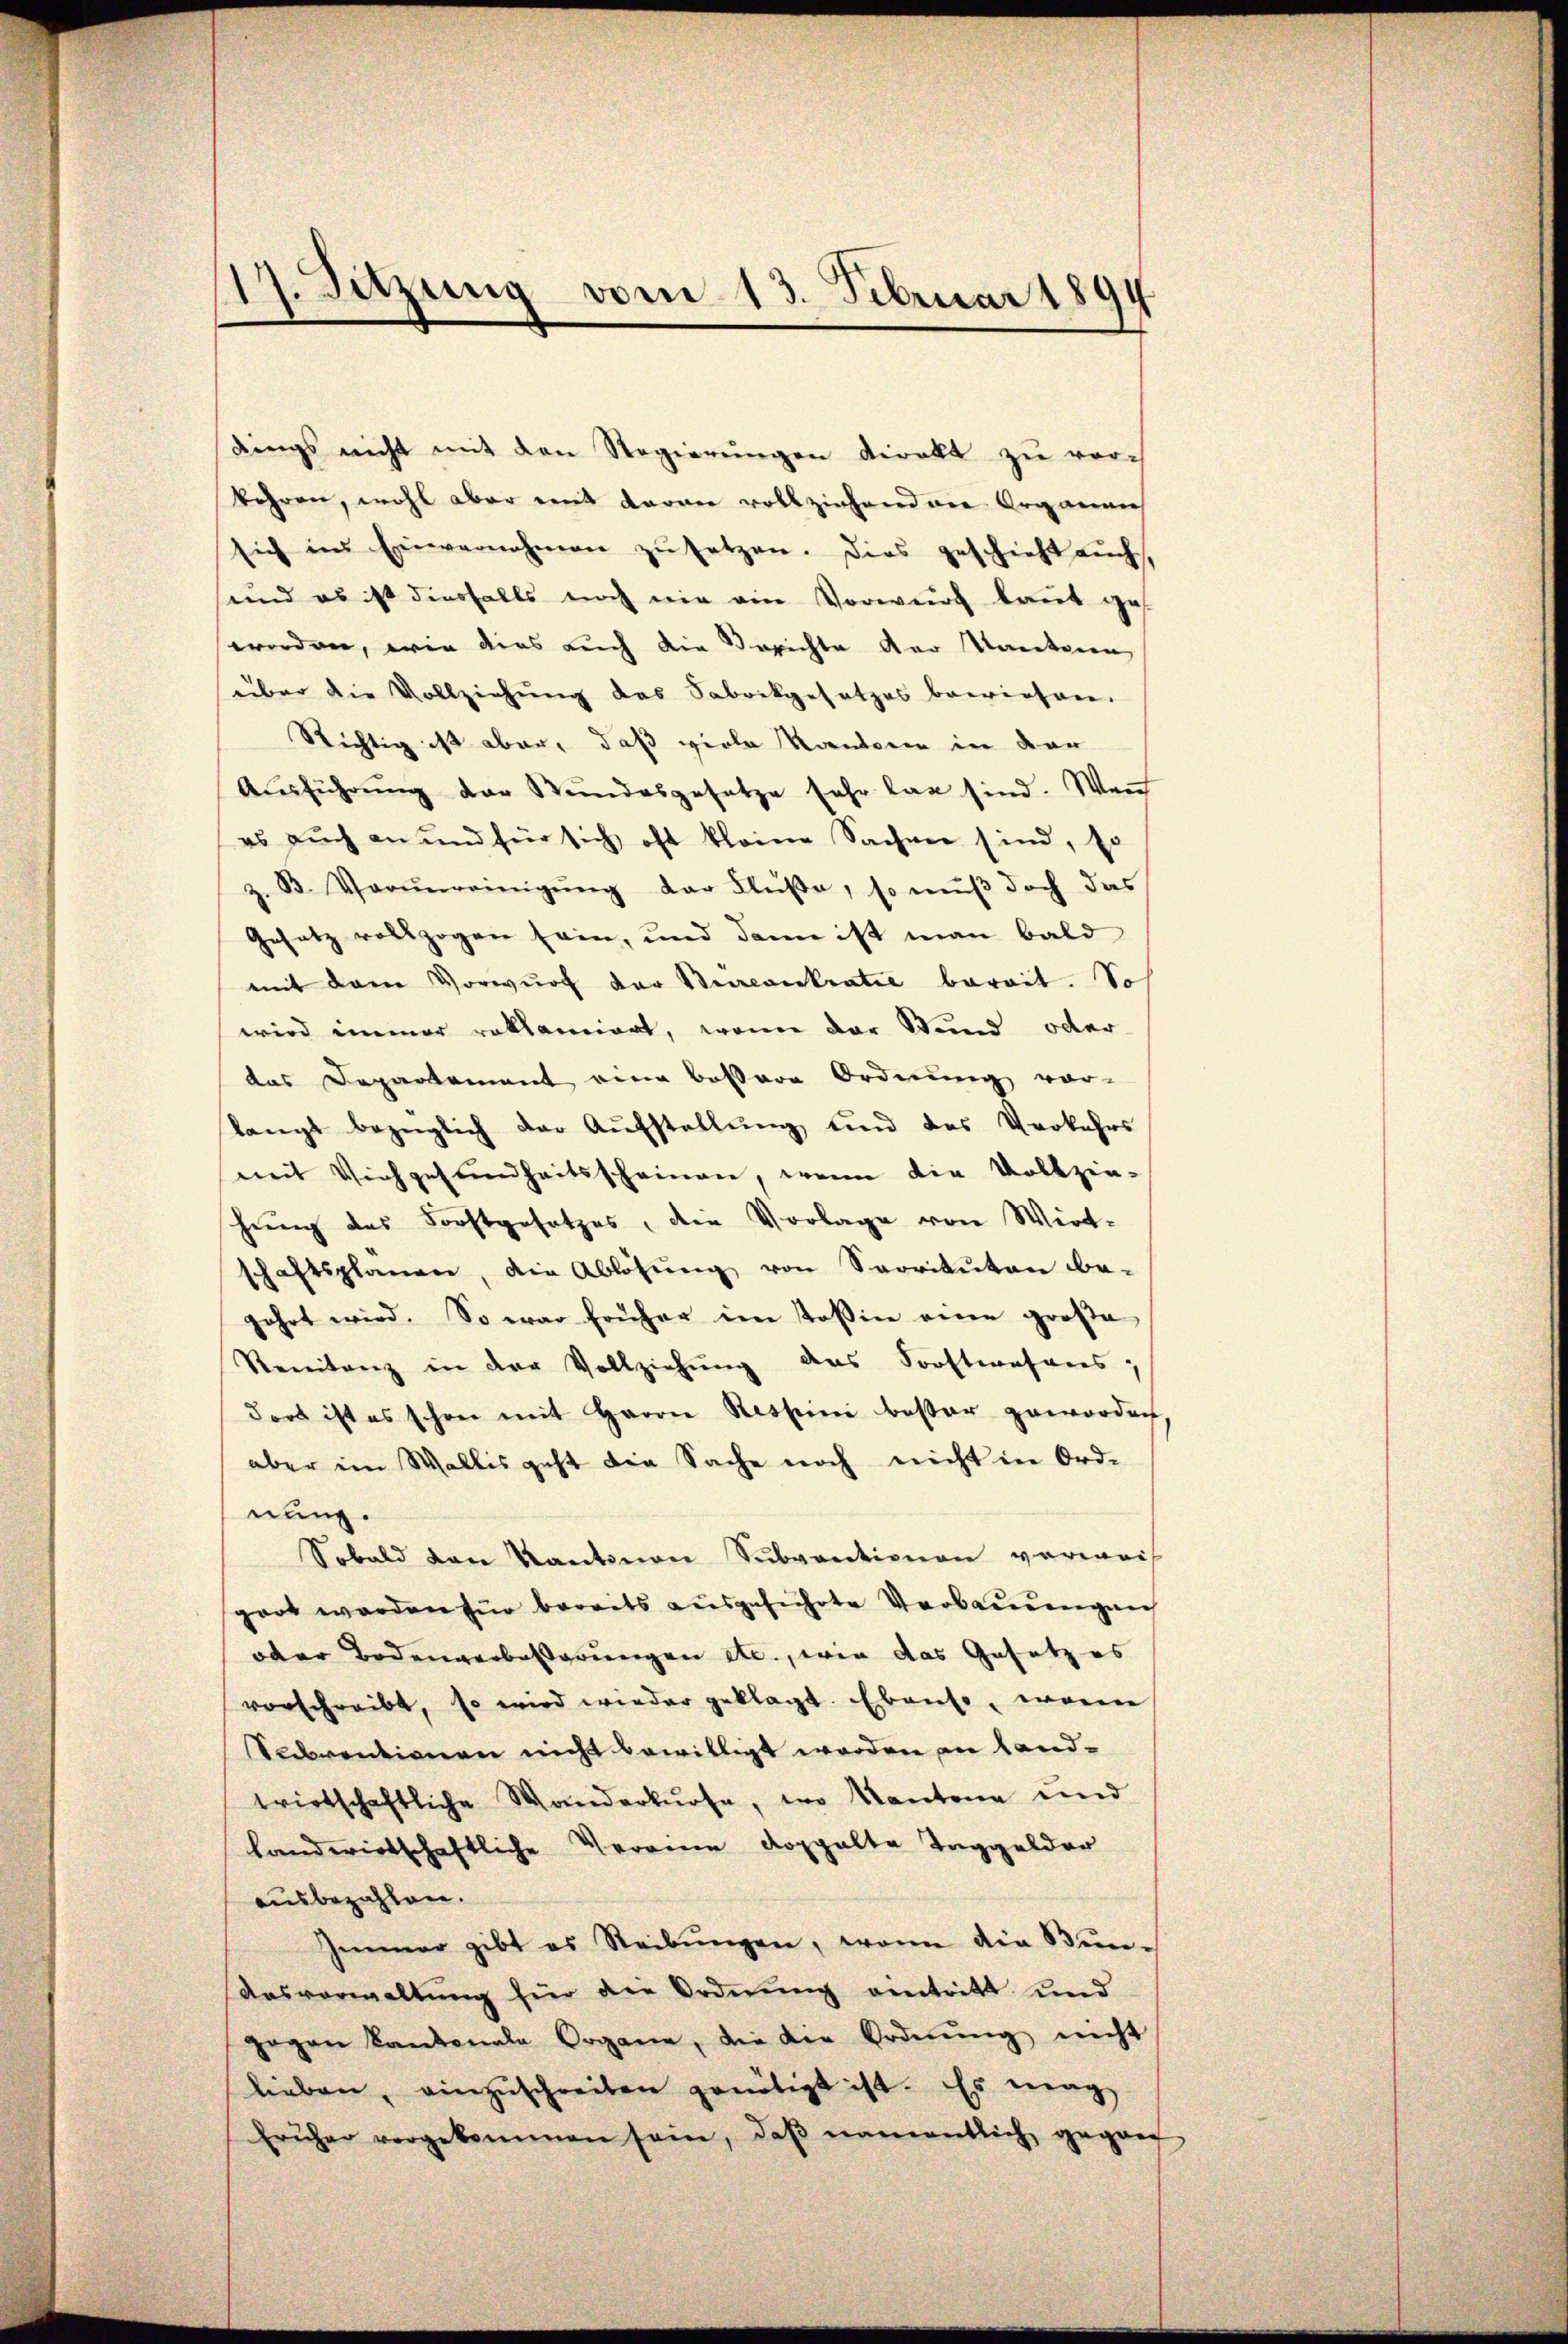
17. Sitzung vom 13. Februar 181

dings nicht mit den Regierungen direkt zu verbahren, wohl aber mit daran vollziehend die Organen
sich im Einvernahmen zŭ setzen. Dies geschieht auch,
sund es ist diesfalls noch nie ein Vorwurf baut ges
worden, wie dies auch die Berichte der Kantonen,
über die Vollziehung des Sabrikgesetzes bewiesen.
Richtig ist aber, daß viele Kantonen in der
Aŭsführŭng der Stŭndesgesetze sehr lag sind. Wen
es auch an und für sich oft kleine Sachen sind, so
z. B. Verŭnreinigŭng der Flüße, so muß doch das
Gesetz vollzogen sein, und dann ist man bald
mit dem Vorwurf der Bircontratie bereit. So
wird immer reklamiert, wenn der Stund oder
das Departement eine bessere Ordnung vor-
langt bezüglich der Aŭfstellŭng und des Verkehrs
mit Viehgesundheitsscheinen, wenn die Vollzie-
hrung das Forstgesetzes, die Vorlage von Wirt-
schaftsplanen, die Ablösŭng von Servitŭten be-
gehrt wird. So war früher im Tosine einen große
Rennitanz in der Vollziehung des Sorftwesens;
dort ist es schon mit Herrn Resseine bester geworden
aber im Wallis geht die Sache noch nicht in Ord-
nung.
Sobald von Kantonen Subventionen verwais
part werden für bereits aŭsgeführte Verbaŭŭngen
oder Bodenverbesserungen etc., wie das Gesetz es
vorschreibt, so wird wieder geklagt. Ebenso, worin
Subventionen nicht bewilligt worden in Land-
wirtschaftliche Wanderkurse, wo Kantone und
landwirtschaftliche Vereine doppelte Taggelder
ausbezahlen.
Immer gibt es Steibŭngen, wenn die Bun¬
Ausverwaltung für die Ordnung eintritt und
gegen Kantonale Organe, die die Ordnŭng nicht
lieben, einzŭschreiben genötigt ist. Es mag,
früher vorgekommen sein, daβ namentlich gegan